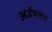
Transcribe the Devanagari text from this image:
अर्जभरून